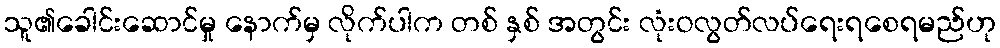
သူ၏ခေါင်းဆောင်မှု နောက်မှ လိုက်ပါက တစ် နှစ် အတွင်း လုံးဝလွတ်လပ်ရေးရစေရမည်ဟု